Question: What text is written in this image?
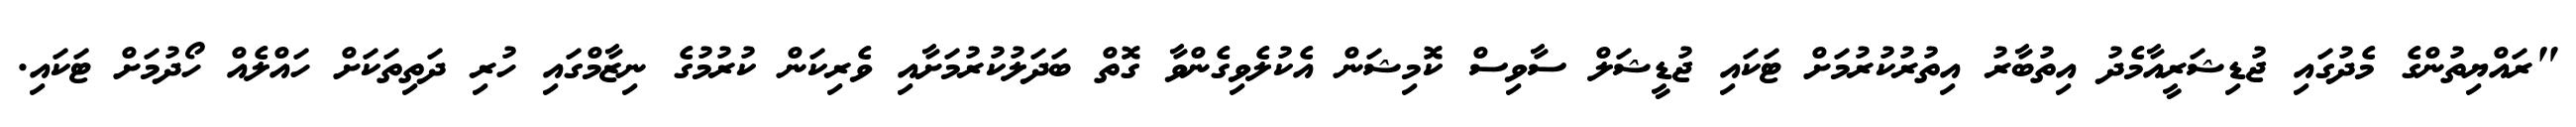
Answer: "ރައްޔިތުންގެ މެދުގައި ޖުޑިޝަރީއާމެދު އިތުބާރު އިތުރުކުރުމަށް ޓަކައި ޖުޑީޝަލް ސާވިސް ކޮމިޝަން އެކުލެވިގެންވާ ގޮތް ބަދަލުކުރުމަށާއި ވެރިކަން ކުރުމުގެ ނިޒާމްގައި ހުރި ދަތިތަކަށް ހައްލެއް ހޯދުމަށް ޓަކައި.